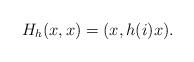
LaTeX: \begin{align*}H_h(x,x) = (x,h(i)x). \end{align*}